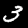
Digit: 3